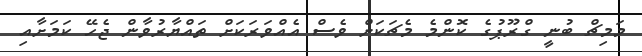
މަމިޗް ބުނީ ގްރޫޕުގެ ކޮންމެ މެޗަކަށް ވެސް އެއްވަރަކަށް ތައްޔާރުވާން ޖެހޭ ކަމަށާއި